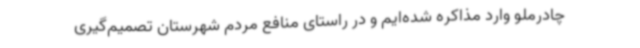
چادرملو وارد مذاکره شده‌ایم و در راستای منافع مردم شهرستان تصمیم‌گیری